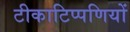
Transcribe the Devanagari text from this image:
टीकाटिप्पणियों